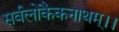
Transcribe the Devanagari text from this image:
सर्वलोकैकनाथम्।।